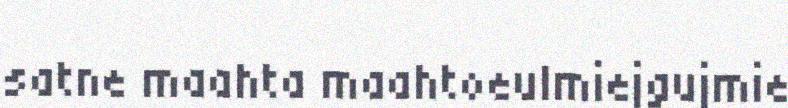
satne maahta maahtoeulmiejgujmie